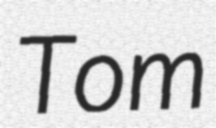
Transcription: Tom